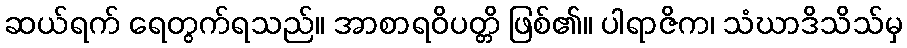
ဆယ်ရက် ရေတွက်ရသည်။ အာစာရဝိပတ္တိ ဖြစ်၏။ ပါရာဇိက၊ သံဃာဒိသိသ်မှ